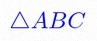
\triangle ABC